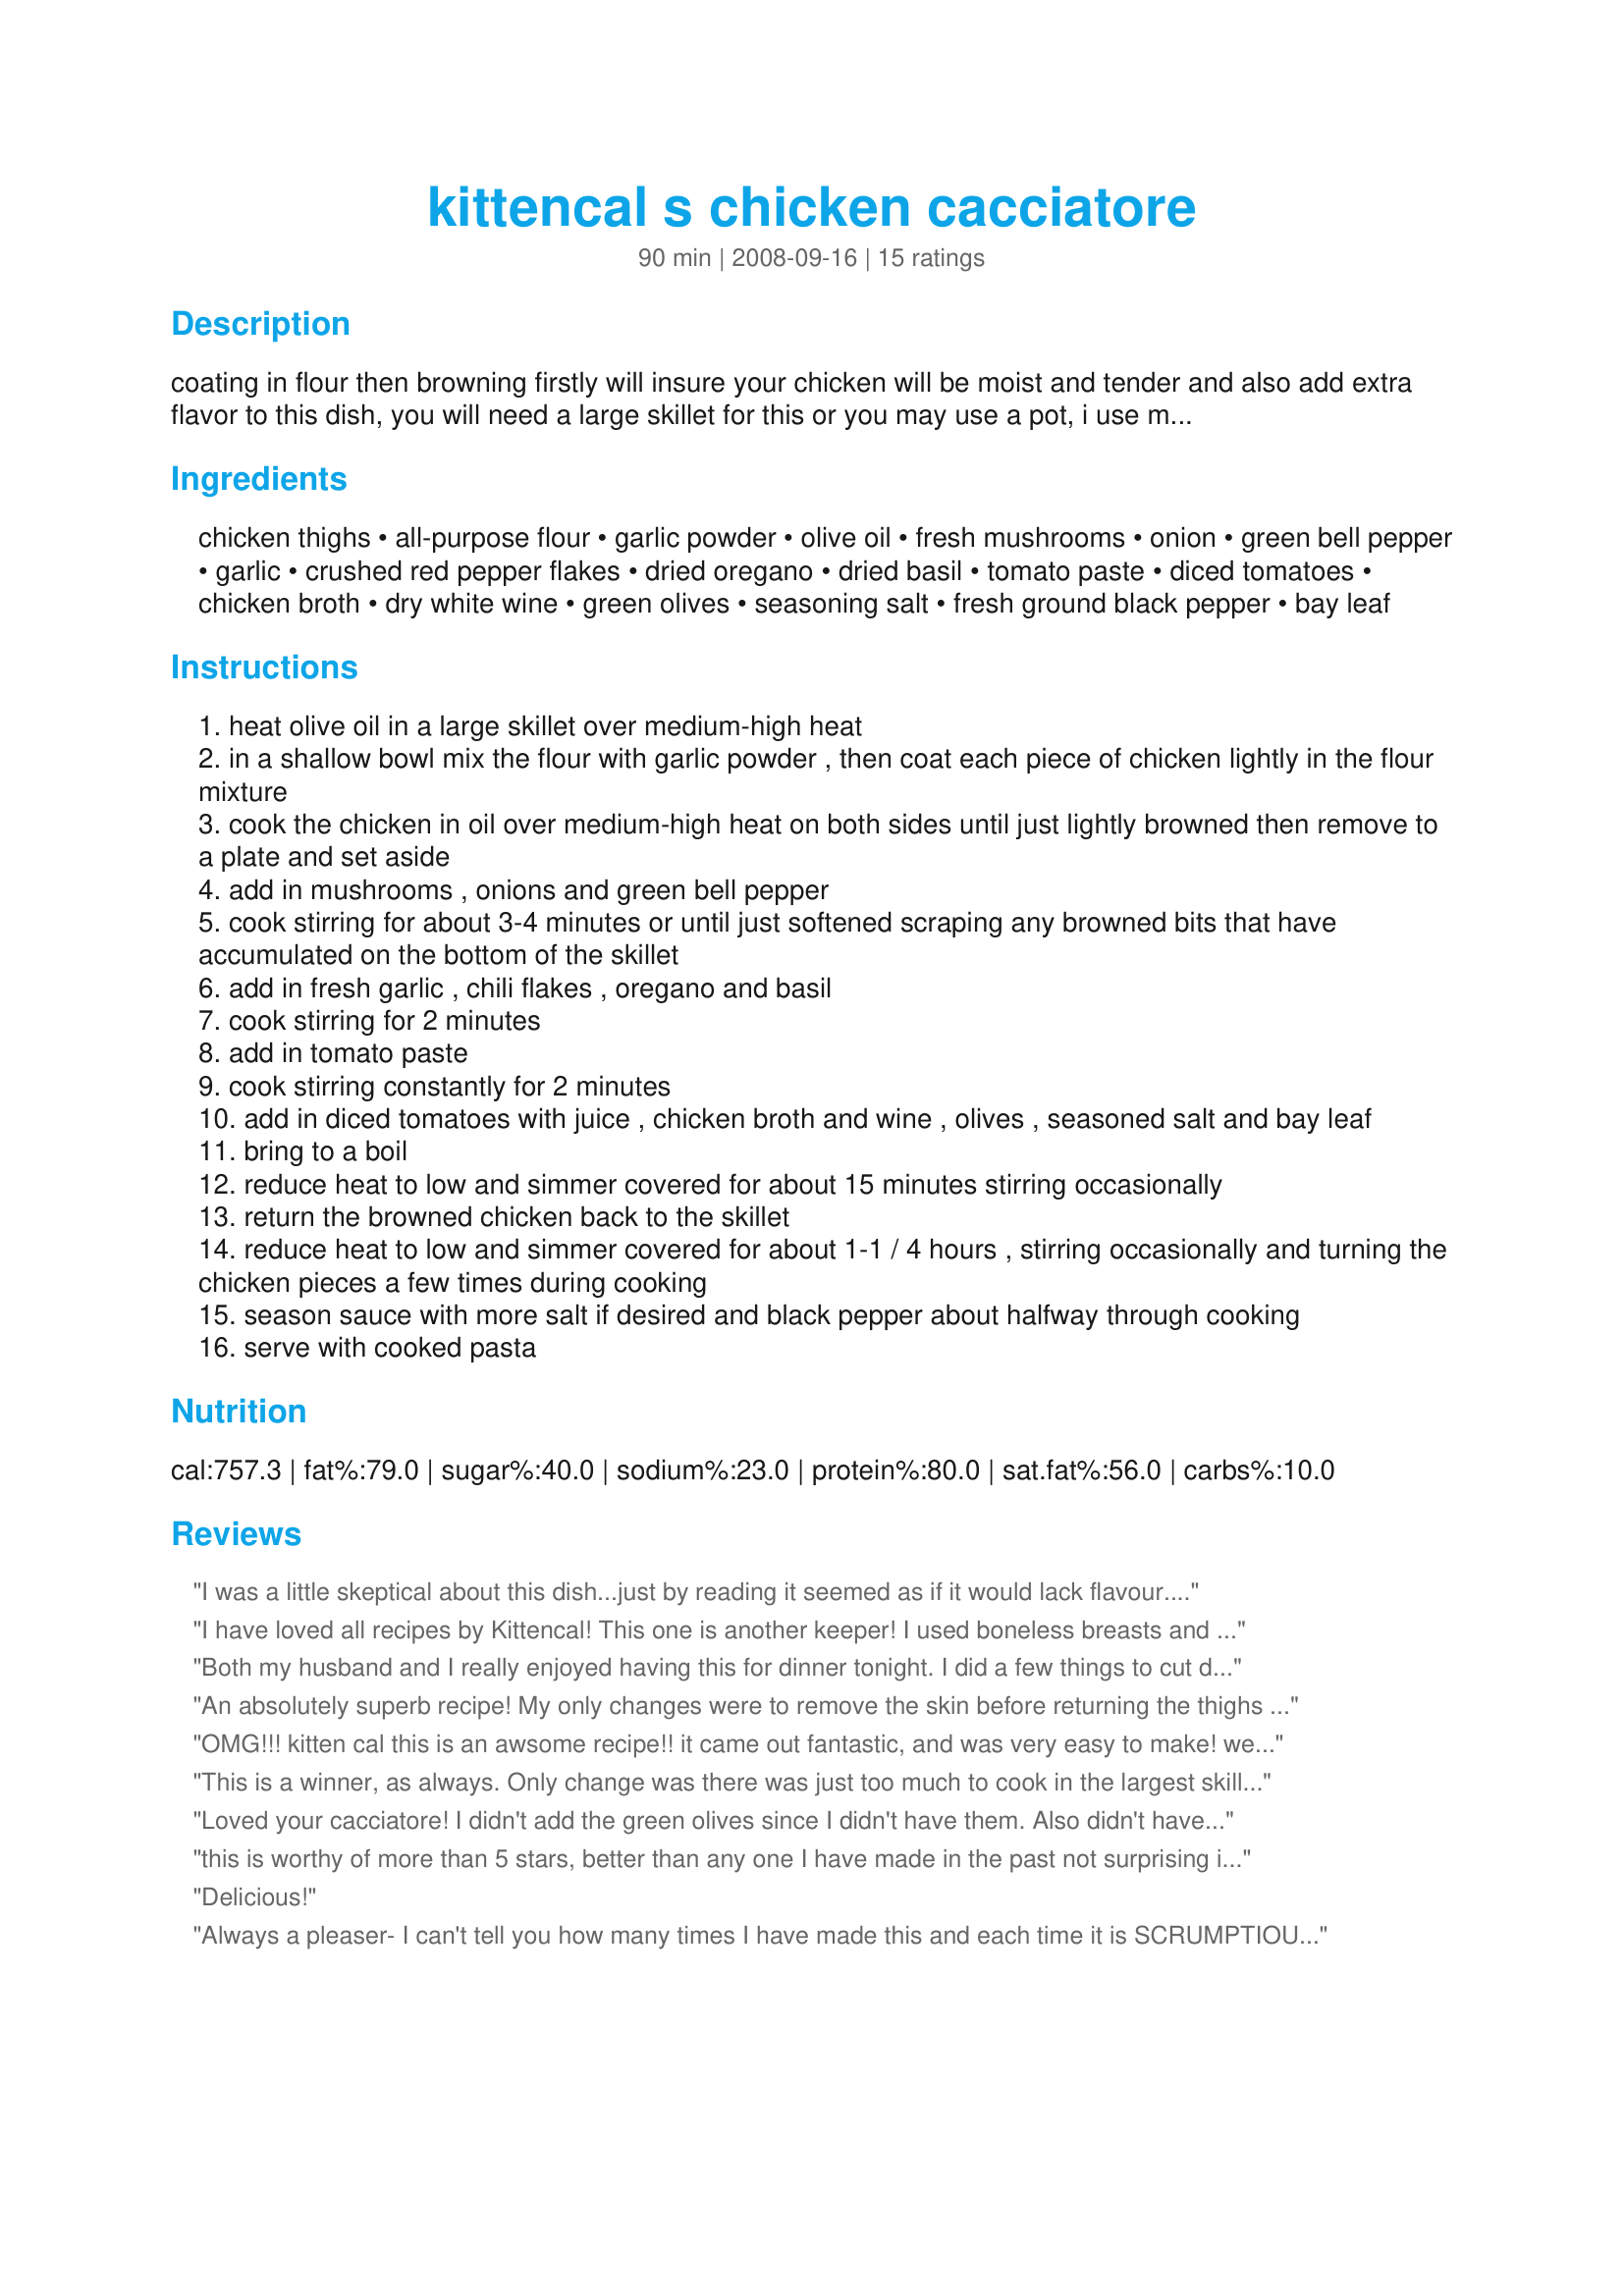
kittencal s chicken cacciatore
Preparation time: 90 minutes

coating in flour then browning firstly will insure your chicken will be moist and tender and also add extra flavor to this dish, you will need a large skillet for this or you may use a pot, i use my wide 5-quart chicken fryer skillet --- if you are not an olive-lover you may omit, they really do add flavor to this dish, but do not use black olives --- adjust the chili flakes to suit heat level, using good-quality canned italian diced tomatoes will only improve the flavor of this dish also for the best flavor i would strongly suggest to use only skin-on bone-in chicken for this --- made as stated this make a delicious restaurant-quality dish paired with cooked pasta and sprinkled with freshly grated parmesan cheese on top.

Ingredients:
chicken thighs, all-purpose flour, garlic powder, olive oil, fresh mushrooms, onion, green bell pepper, garlic, crushed red pepper flakes, dried oregano, dried basil, tomato paste, diced tomatoes, chicken broth, dry white wine, green olives, seasoning salt, fresh ground black pepper, bay leaf

Steps:
heat olive oil in a large skillet over medium-high heat
in a shallow bowl mix the flour with garlic powder , then coat each piece of chicken lightly in the flour mixture
cook the chicken in oil over medium-high heat on both sides until just lightly browned then remove to a plate and set aside
add in mushrooms , onions and green bell pepper
cook stirring for about 3-4 minutes or until just softened scraping any browned bits that have accumulated on the bottom of the skillet
add in fresh garlic , chili flakes , oregano and basil
cook stirring for 2 minutes
add in tomato paste
cook stirring constantly for 2 minutes
add in diced tomatoes with juice , chicken broth and wine , olives , seasoned salt and bay leaf
bring to a boil
reduce heat to low and simmer covered for about 15 minutes stirring occasionally
return the browned chicken back to the skillet
reduce heat to low and simmer covered for about 1-1 / 4 hours , stirring occasionally and turning the chicken pieces a few times during cooking
season sauce with more salt if desired and black pepper about halfway through cooking
serve with cooked pasta

Reviews:
I was a little skeptical about this dish...just by reading it seemed as if it would lack flavour. Any Kittencal dish I've done has been excellent and exceeds my expectations. This did not disappoint. I loved the flavour, though I didn't have any green pepper or olives on hand, it is yummy! You'd be silly not to try this dish! THANK YOU SO MUCH KITTENCAL!
I have loved all recipes by Kittencal! This one is another keeper! I used boneless breasts and it was excellent. Together with a side salad and a glass of wine--you have a wonderful meal!
Both my husband and I really enjoyed having this for dinner tonight. I did a few things to cut down on time and to suit for personal preference. I cut the recipe in half except for the peppers and onions. I used chicken breasts instead of thighs. i did not use the olives (hubby would not like) I browned the breasts in one pan and started the sauce in veggies/sauce in another (yeah I know i made more dirty dishes, but it saved time) Once I added the chicken to the sauce I only simmered another 35 minutes. The chicken was done and the sauce tasted great. I am sure the 1 1/4 hours would have been excellent, i just didn't have the time. I served over whole wheat pasta, so I had a complete, healthy meal, full of flavor and lots of veggies.
An absolutely superb recipe! My only changes were to remove the skin before returning the thighs to the sauce (I don&#039;t like the slimy skin) and with 20 minutes to go on the stated cooking time the thighs were already 200&deg; so we ate then. Removing the skin did not cause the chicken to dry out, btw. I&#039;m looking forward to the leftovers tomorrow. Thank you so much for this recipe, I?ll be having it often.
OMG!!! kitten cal this is an awsome recipe!! it came out fantastic, and was very easy to make! we were eating in two hrs and it was awsome. i brought it to work, and they made me make it again! thanks soooo much for sharing this wonderful recipe!! johnny s.
This is a winner, as always. Only change was there was just too much to cook in the largest skillet I could find, so I started out cooking it in the skillet then transfered all of it to my crockpot. Served on a bed of spaghetti. Wonderful. Just as good as my local Italian restrauant, Kittencal. Made in honor of Kittencal, I'm thinking of you and your family.
Loved your cacciatore! I didn't add the green olives since I didn't have them. Also didn't have white wine so added more broth. Towards the end of cooking time, I added some sliced zucchini. Thanks for posting your recipe!!!!
this is worthy of more than 5 stars, better than any one I have made in the past not surprising it's a KittenCal recipe they are always the very best, try this one it is amazing, thank you.
Delicious!
Always a pleaser- I can't tell you how many times I have made this and each time it is SCRUMPTIOUS! Thank You!!
I was looking for a good chicken cacciatore recipe for dinner tonight and as soon as I saw this one by Kittencalskitchen I knew my search was over. I have never made one of Kittens recipes and not loved it. Always a sure bet when I go with her. So thank you Kitten, another winning recipe here. The sauce was to die for and I have some sauce left over so you can bet I will be having it tomorrow too!
Well Kittencal, I should have known this would be a 5 star recipe....as so many of yours are...I had unexpected company for dinner and I made this, it turned out fabulous...thanks
Made this for Junes Tag Game -- Romero y Oregano and here is another Kittencal winner! I followed the directions except for putting in the green olives. We all gobbled this down (including the company). Thank you for another delicious meal.
Wonderful!! I made this for company, and only thing that I slightly changed was to add about 3T - 4T Sugar due to a slightly bitter taste. However, it may have just been because of the tomatoes that I bought. Will make again!! Thanks for recipe.
This is KILLER! So very good! I used fresh basil, and whenever I use canned tomatoes, I always use the whole tomatoes, I think they are more flavorful. I had some yellow and red peppers, other than that,I followed the directions. Very, very good Kitten, thanks for another great recipe, which is going right into my tried & true folder! I made this for Kitten's Top 25 event at KK.
